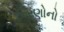
કિરણોનો